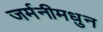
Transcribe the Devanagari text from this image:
जर्मनीमधुन